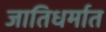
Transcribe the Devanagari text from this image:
जातिधर्मात